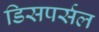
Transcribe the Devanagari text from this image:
डिसपर्सल